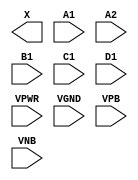
module sky130_fd_sc_ms__o2111a (
    X   ,
    A1  ,
    A2  ,
    B1  ,
    C1  ,
    D1  ,
    VPWR,
    VGND,
    VPB ,
    VNB
);

    output X   ;
    input  A1  ;
    input  A2  ;
    input  B1  ;
    input  C1  ;
    input  D1  ;
    input  VPWR;
    input  VGND;
    input  VPB ;
    input  VNB ;
endmodule